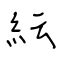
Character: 紜